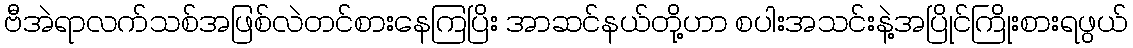
ဗီအဲရာလက်သစ်အဖြစ်လဲတင်စားနေကြပြိး အာဆင်နယ်တို့ဟာ စပါးအသင်းနဲ့အပြိုင်ကြိုးစားရဖွယ်